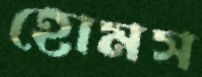
হোমস